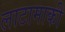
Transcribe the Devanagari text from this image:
लाटामाकी